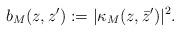
LaTeX: \begin{gather*}b_M(z,z'):=|\kappa_M(z,\bar{z}')|^2.\end{gather*}